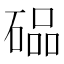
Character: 𮀭